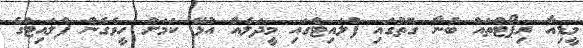
މީޑިއާ ރިޕޯޓްތައް ބުނާ ގޮތުގައި ފްލައިޓްގައި މީދަލެއް އުޅޭ ކަމަށް ހީވެގެން ފްލައިޓްގެ